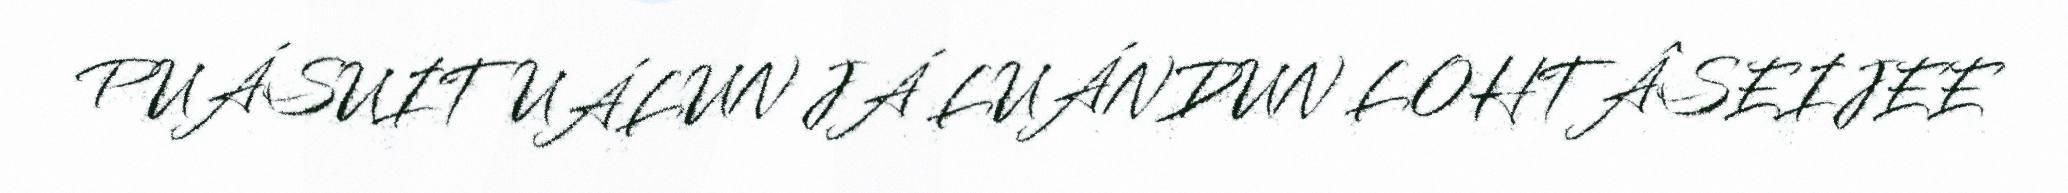
PUÁSUITUÁLUN JÁ LUÁNDUN LOHTÂSEIJEE